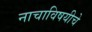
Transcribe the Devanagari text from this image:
नाचाविषयीचे